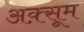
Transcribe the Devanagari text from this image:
अक़्सूम